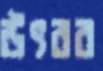
উৎরব